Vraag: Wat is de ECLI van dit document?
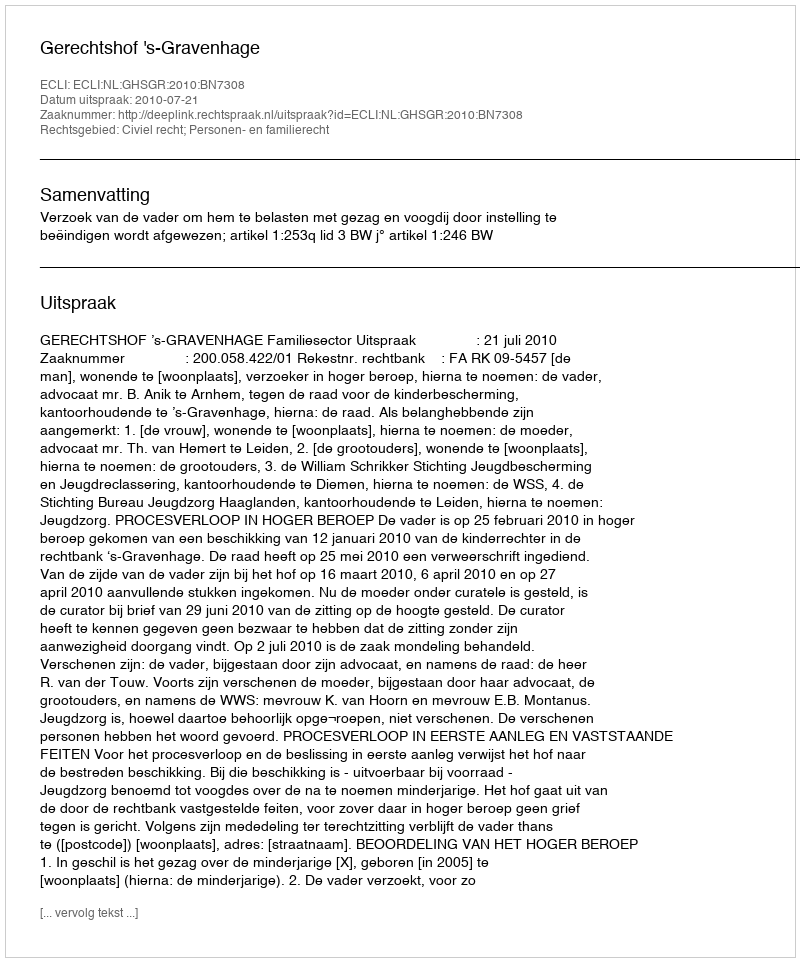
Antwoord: ECLI:NL:GHSGR:2010:BN7308